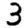
Digit: 3